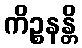
ကိဉ္စနန္တိ